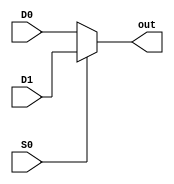
module Mux2_1(input wire D0,D1,S0, output wire out);
    assign out = S0 ? D1 : D0 ;
endmodule

module Mux4_1(input wire D0,D1,D2,D3,S1,S0,output wire out);
    wire out1,out2; 
    Mux2_1 m1(D0,D1,S0,out1);
    Mux2_1 m2(D2,D3,S0,out2);

    Mux2_1 m3(out1,out2,S1,out);
endmodule

module Mux8_1(input wire D0,D1,D2,D3,D4,D5,D6,D7,S2,S1,S0,output wire out);
    wire out4_1,out4_2;

    Mux4_1 m1(D0,D1,D2,D3,S1,S0,out4_1);
    Mux4_1 m2(D4,D5,D6,D7,S1,S0,out4_2);
    Mux2_1 m3(out4_1,out4_2,S2,out);

endmodule

module Tabla1Mux8_1(input wire a,b,c, output wire out);
    Mux8_1  m1(1'b0,1'b1,1'b1,1'b0,1'b1,1'b0,1'b0,1'b1,a,b,c,out);
endmodule

module Tabla1Mux4_1(input wire a,b,c,output wire out);
    wire notC;
    assign notC = ~c;

    Mux4_1 m1(c,notC,notC,c,a,b,out);
endmodule

module Tabla1Mux2_1(input wire a,b,c, output wire out);
    wire xorBC,xnorBC;
    assign xorBC = b * ~c + ~b * c ;
    assign xnorBC = ~xorBC;

    Mux2_1 m1(xorBC,xnorBC,a,out);
endmodule

module Tabla2Mux8_1 (input wire a,b,c, output wire out);

    Mux8_1 m1(1'b1,1'b0,1'b0,1'b0,1'b0,1'b1,1'b1,1'b0,a,b,c,out);

endmodule

module Tabla2Mux4_1 (input wire a,b,c,output wire out);
    wire notC;
    assign notC = ~c;
    Mux4_1  m1(1'b1,1'b0,1'b1,notC,a,b,out);
endmodule

module Tabla2Mux2_1 (input wire a,b,c, output wire out);
    wire norBC, xorBC;
    assign norBC = ~(b | c);
    assign xorBC = b & ~c  |  ~b &c ;

    Mux2_1 m1(norBC,xorBC,a,out);
endmodule